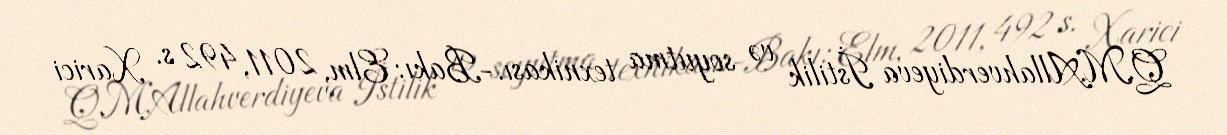
Q.M.Allahverdiyeva İstilik və soyutma texnikası.-Bakı: Elm, 2011, 492 s. Xarici